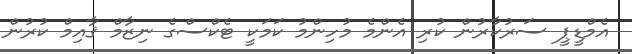
އެމްޑީޕީ ސަރުކާރުން ކުރި އެންމެ މުހިންމު ކަމަކީ ޓެކްސްގެ ނިޒާމް ޤާއިމް ކުރުން